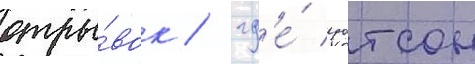
отры́вок / гд'е́ уотсон